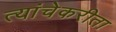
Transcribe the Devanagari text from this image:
त्यांचेकरीता